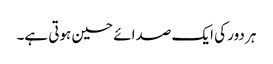
ہر دور کی ایک صدائے حسین ہوتی ہے۔